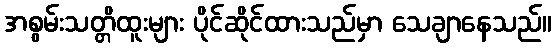
အစွမ်းသတ္တိထူးများ ပိုင်ဆိုင်ထားသည်မှာ သေချာနေသည်။